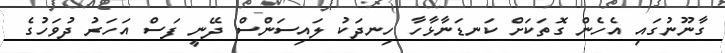
ގާނޫނުގައި އެހެން ގޮތަކަށް ކަނޑަނާޅާހާ ހިނދަކު ލައިސަންސް ދޭނީ ފަސް އަހަރު ދުވަހުގެ